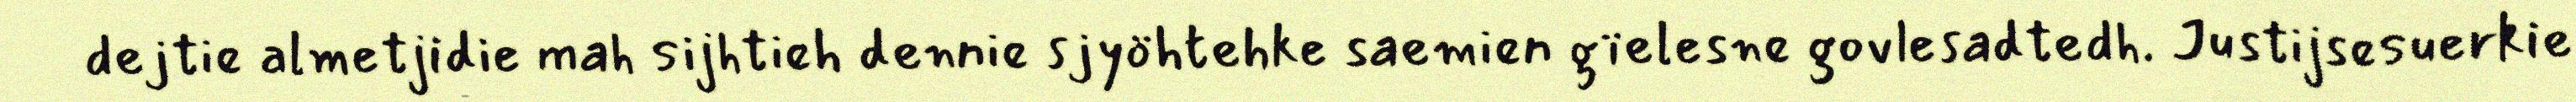
dejtie almetjidie mah sijhtieh dennie sjyöhtehke saemien gïelesne govlesadtedh. Justijsesuerkie